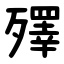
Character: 殬